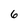
Character: 6